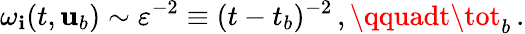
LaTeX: \omega_{\mathbf{i}}(t,{\mathbf{{u}}}_{b})\sim\varepsilon^{-2}\equiv(t-t_{b})^{-2}\, ,\qquadt\tot_{b}\, .